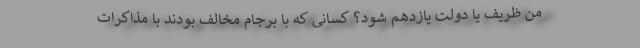
من ظریف یا دولت یازدهم شود؟ کسانی که با برجام مخالف بودند با مذاکرات